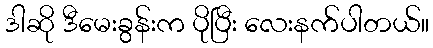
ဒါဆို ဒီမေးခွန်းက ပိုပြီး လေးနက်ပါတယ်။